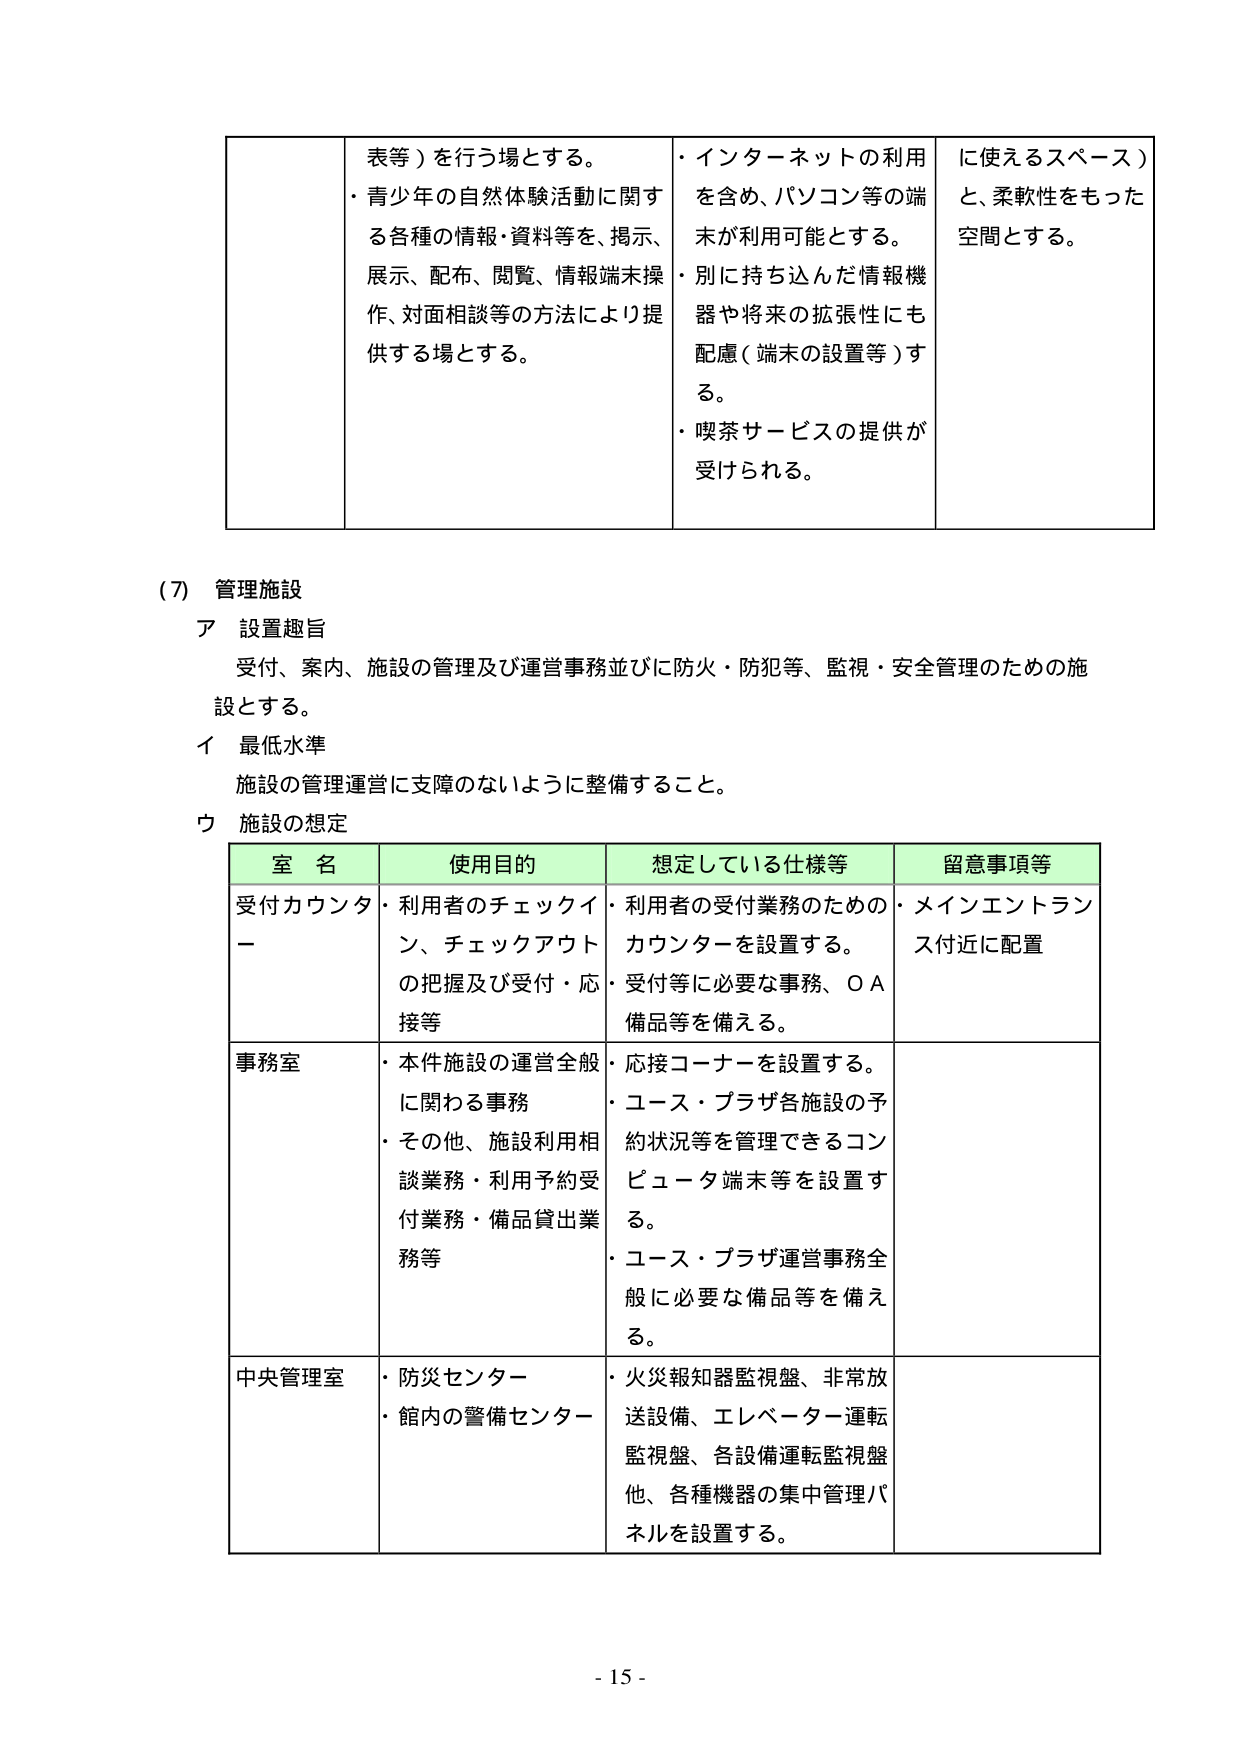
表等）を行う場とする。
・青少年の自然体験活動に関する各種の情報・資料等を、掲示、展示、配布、閲覧、情報端末操作、対面相談等の方法により提供する場とする。
・インターネットの利用を含め、パソコン等の端末が利用可能とする。
・別に持ち込んだ情報機器や将来の拡張性にも配慮（端末の設置等）する。
・喫茶サービスの提供が受けられる。
に使えるスペース）と、柔軟性をもった空間とする。

（7）管理施設
ア 設置趣旨
受付、案内、施設の管理及び運営事務並びに防火・防犯等、監視・安全管理のための施設とする。
イ 最低水準
施設の管理運営に支障のないように整備すること。
ウ 施設の想定

室名　使用目的　想定している仕様等　留意事項等
受付カウンター　・利用者のチェックイン、チェックアウトの把握及び受付・応接等　・利用者の受付業務のためのカウンターを設置する。
・受付等に必要な事務、OA備品等を備える。　・メインエントランス付近に配置
事務室　・本件施設の運営全般に関わる事務
・その他、施設利用相談業務・利用予約受付業務・備品貸出業務等　・応接コーナーを設置する。
・ユース・プラザ各施設の予約状況等を管理できるコンピュータ端末等を設置する。
・ユース・プラザ運営事務全般に必要な備品等を備える。
中央管理室　・防災センター
・館内の警備センター　・火災報知器監視盤、非常放送設備、エレベーター運転監視盤、各設備運転監視盤他、各種機器の集中管理パネルを設置する。

- 15 -